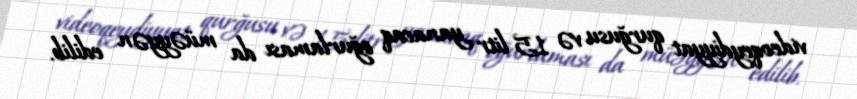
videoqeydiyyat qurğusu və 15 litr yanacaq oğurlaması da müəyyən edilib.